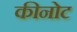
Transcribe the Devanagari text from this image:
कीनोट